Indian Medical Review
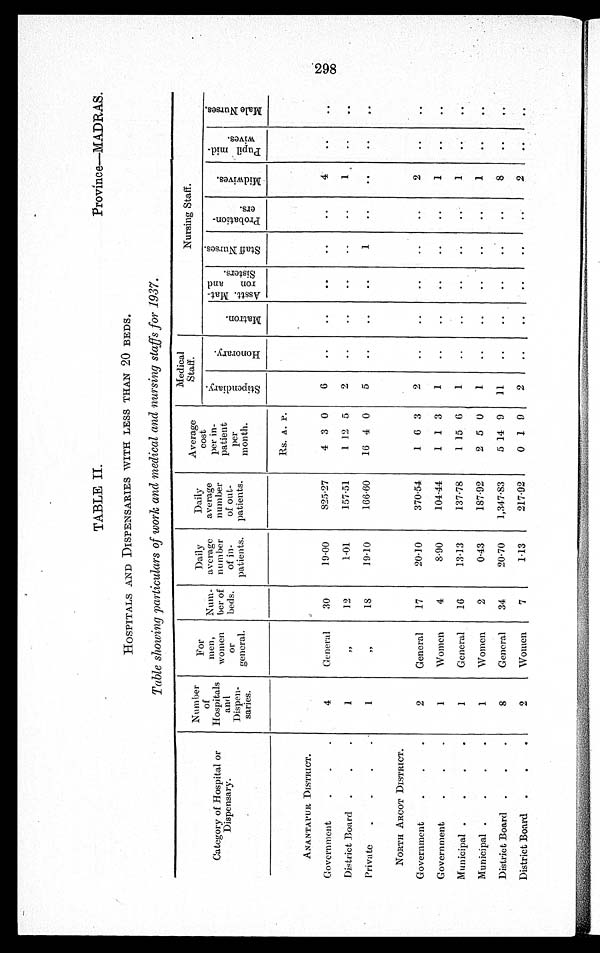
TABLE II. Province—MADRAS.
HOSPITALS AND DISPENSARIES WITH LESS THAN 20 BEDS.
Table showing particulars of work and medical and nursing staffs for 1937.
Category of Hospital or
Dispensary.
Number
o f
Hospitals
and
Dispen-
saries.
For
men ,
w o m a n
or
general.
Num-
ber of
beds.
Daily
average
num ber
of in-
patients.
Daily
average
number
of
o u t -
patients.
Average
cost
per in-
patient
p e r
month.
Medical
Staff.
Nursing Staff.
S t i p e n d i a r y .
H o n o r a r y .
M a t r o n .
A s s t t . M a t -
r o n a n d
S i s t e r s .
S t a f f N u r s e s .
P r o b a t i o n -
e r s .
M i d w i v e s .
P u p i l m i d -
w i v e s .
M a l e N u r s e s .
Rs. A. P.
ANANTAPUR DISTRICT.
Government
4
General
30
19·00
825·27
4 3 0
6
..
..
. . ..
..
4
..
. .
District Board
1
, , 12
1·01
157·51
1 12 5
2
..
..
..
..
..
1
..
. .
Private
1
, , 18
19·10
166·60
16 4 0
5
..
..
..
1
..
. .
..
. .
NORTH ARCOT DISTRICT.
Government
2
General
17
20·10
370·54
1 6 3
2
..
..
..
..
..
2
. .
. .
Government
1
Women
4
8·90
104·44
1 1 3
1
..
..
..
..
..
1
..
. .
Municipal
1
General
16
13·13
137·78
1 15 6
1
..
..
..
..
. .
1 ..
. .
Municipal
1
Women
2
0·43
187·92
2 5 0
1
..
..
..
..
..
1
..
. .
District Board
8
General
34
20·70
1,347·83
5 14 9
11
..
..
..
. .
..
8
.
. .
District Board
2
Women
7
1.13
217·92
0 1 9
2
..
..
..
. .
..
2
. .
. .